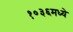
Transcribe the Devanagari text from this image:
१०३६मध्ये